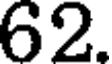
62.